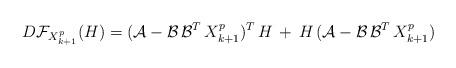
LaTeX: \begin{align*}D{\mathcal F}_{X_{k+1}^{p}}(H)=(\mathcal{A}-\mathcal{B} \, {\mathcal{B}}^T \, X_{k+1}^{p})^T \, H\,+\,H \,(\mathcal{A}-\mathcal{B} \, {\mathcal{B}}^T \,X_{k+1}^{p})\end{align*}